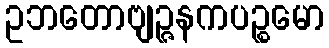
ဥဘတောဗျဉ္ဇနကပဉ္စမော